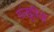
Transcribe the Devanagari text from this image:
पांखुरियों